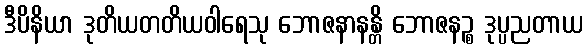
ဒီပိနိယာ ဒုတိယတတိယဝါရေသု ဘောဇနာနန္တိ ဘောဇနဉ္စ ဒုပ္ပညတာယ